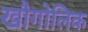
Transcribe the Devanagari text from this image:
खौगोलिक